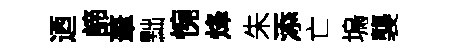
迺諦茟黜惋烽朱添亡塢襲